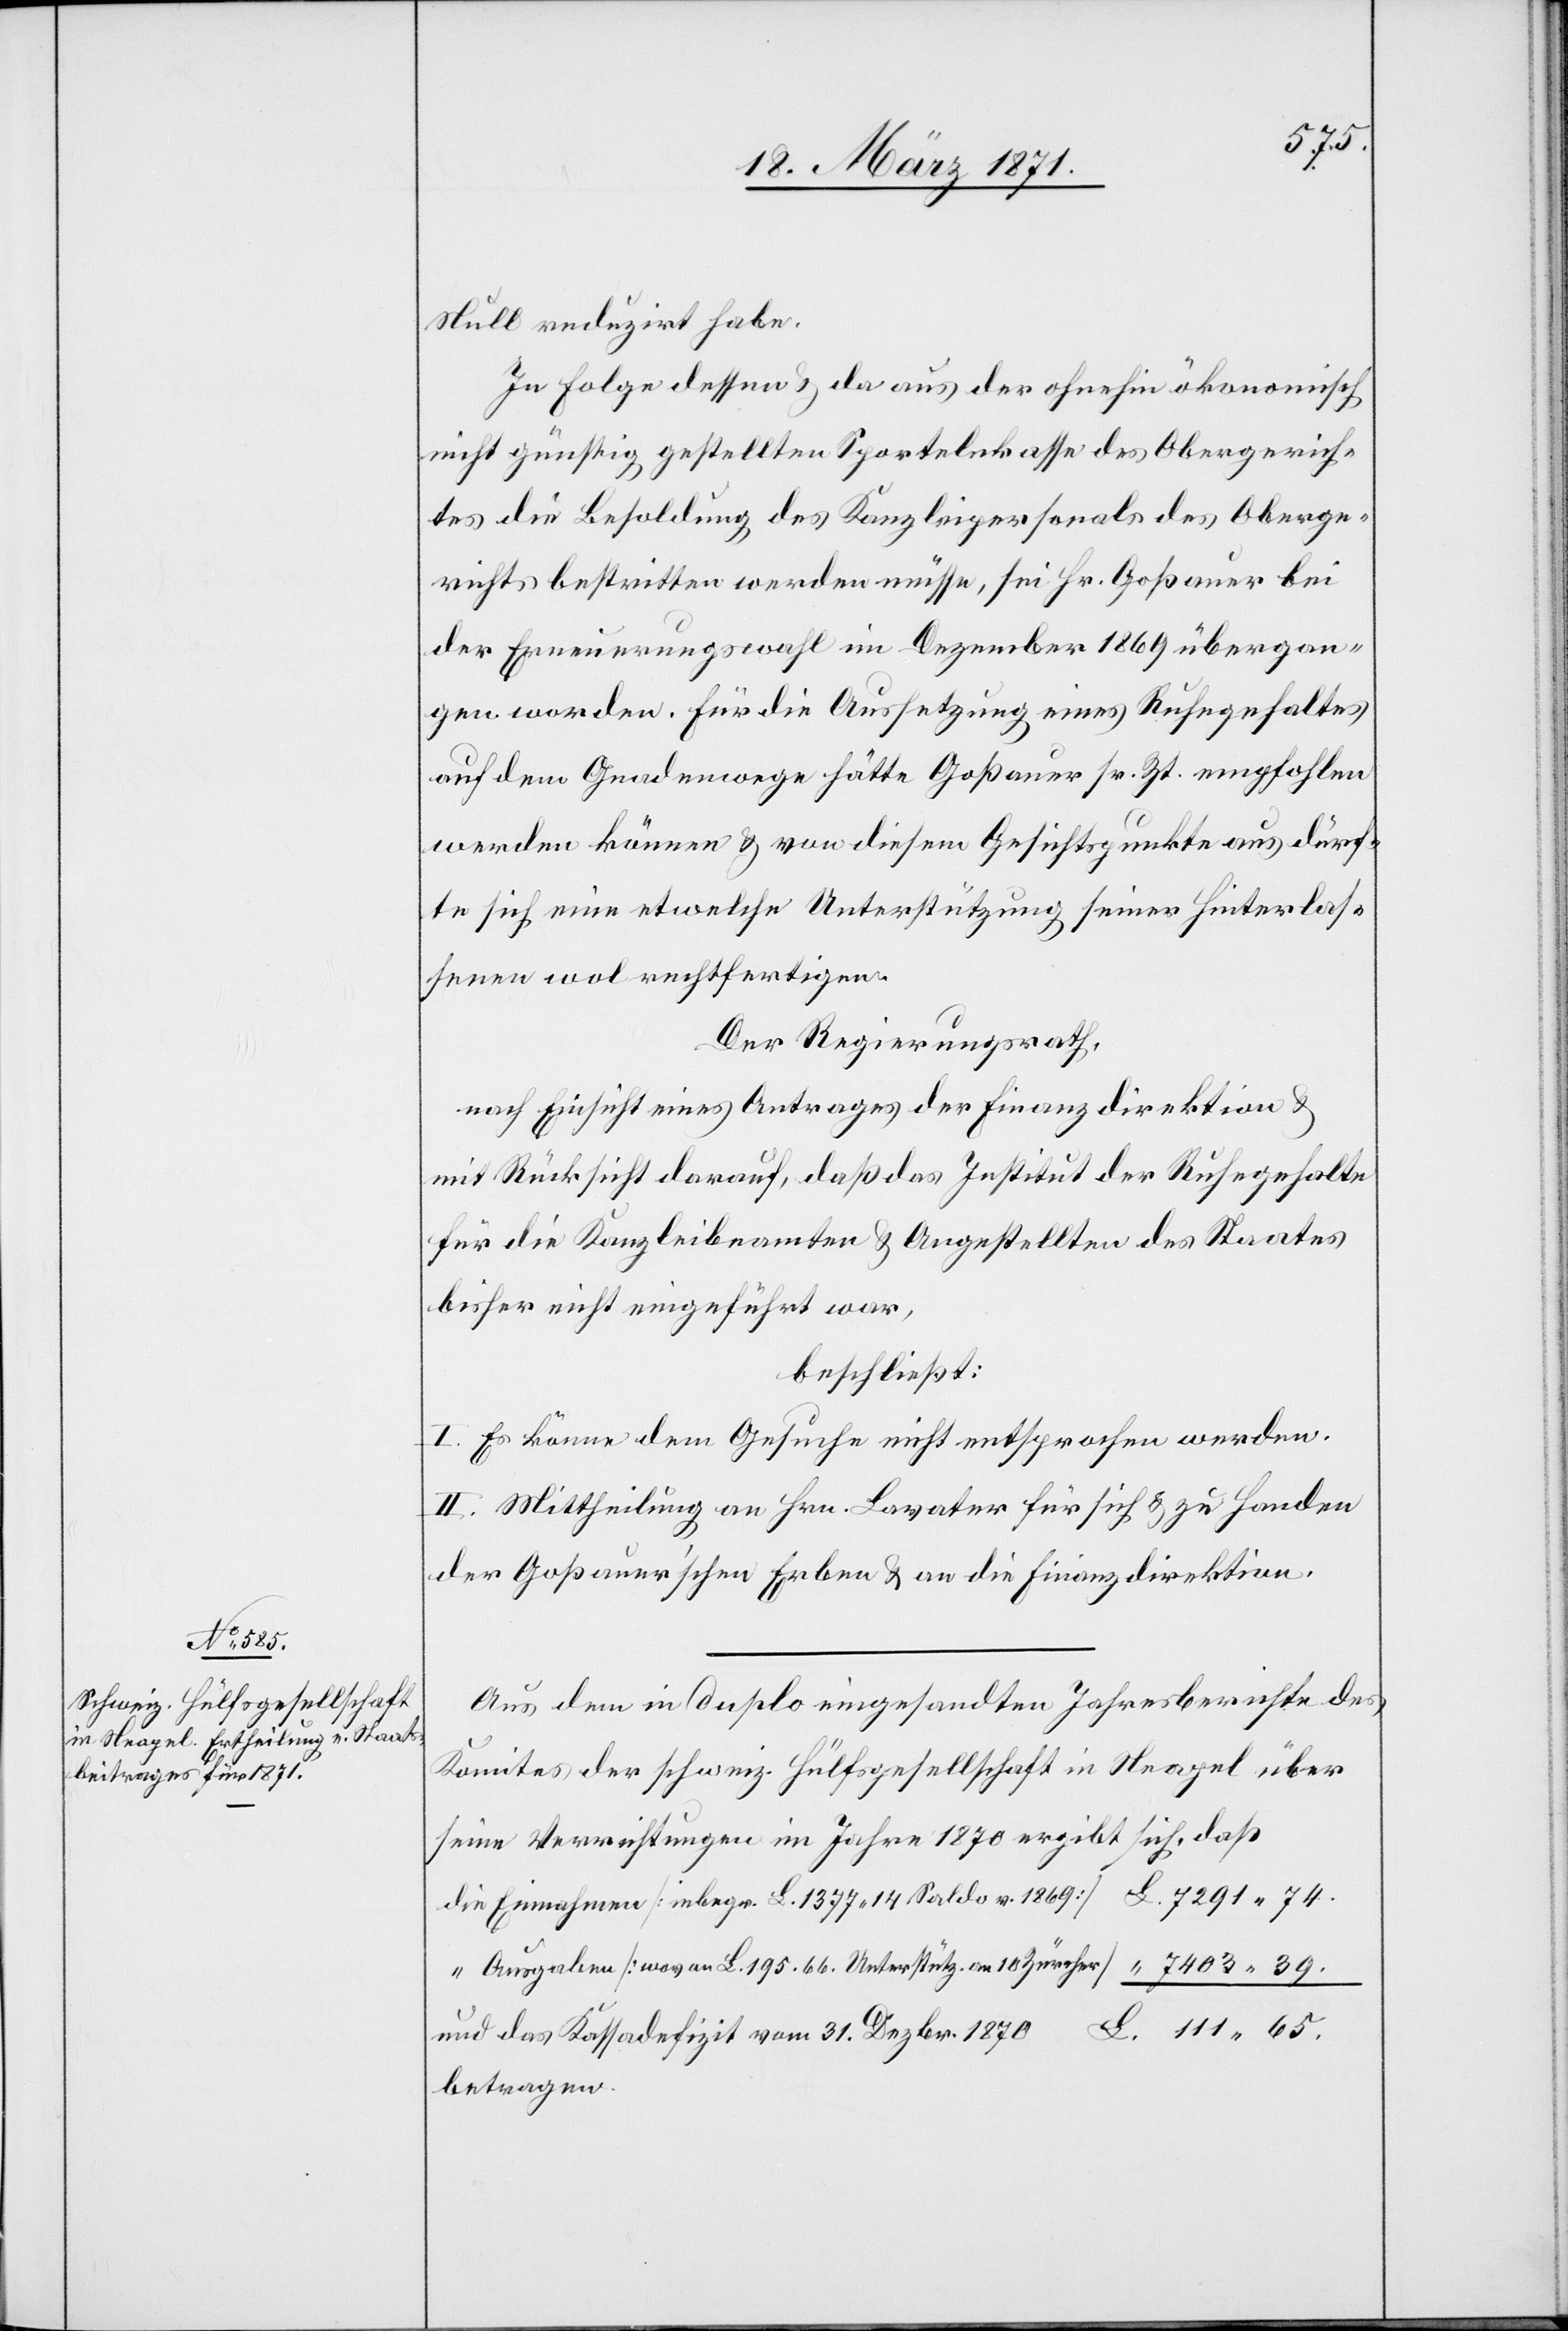
Aus dem in duplo eingesandten Jahresberichte des
Komites der schweiz. Hülfsgesellschaft in Neapel über
seine Verrichtungen im Jahre 1870 ergibt sich, daß
die Einnahmen [insbes. L. 1377.14 Saldo v. 1869]		 L. 7291.74.
“ Ausgaben [wovon L. 195.66 Unterstütz. an 10 Zürcher]	 “ 7403.39.
und das Kassadefizit vom 31. Dezbr. 1870					 L. 111.65.
betragen.